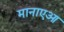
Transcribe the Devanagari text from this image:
मानाएआ